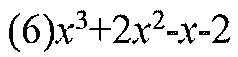
(6)\(x^{3}+2x^{2}-x - 2\)